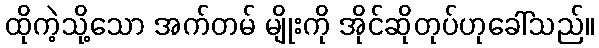
ထိုကဲ့သို့သော အက်တမ် မျိုးကို အိုင်ဆိုတုပ်ဟုခေါ်သည်။